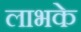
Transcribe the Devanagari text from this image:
लाभके